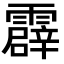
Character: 霹